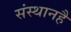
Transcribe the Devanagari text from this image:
संस्थानहै